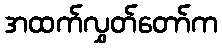
အထက်လွှတ်တော်က